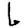
Digit: 6